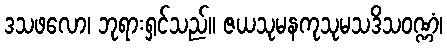
ဒသဖလော၊ ဘုရားရှင်သည်။ ဇယသုမနကုသုမသဒိသဝဏ္ဏံ၊